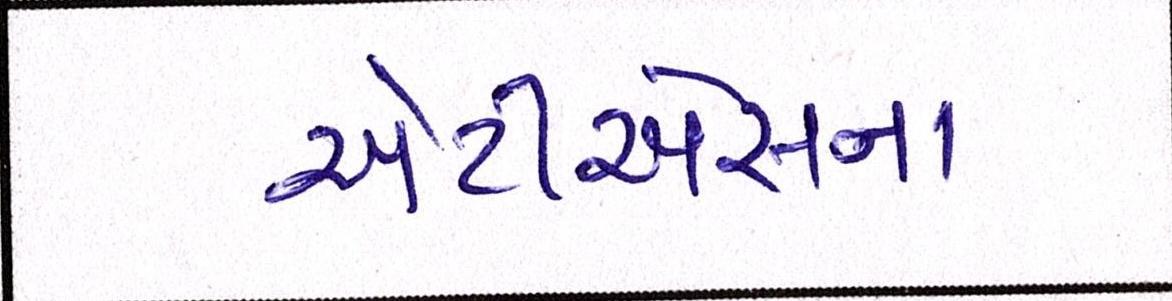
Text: એટીએસના